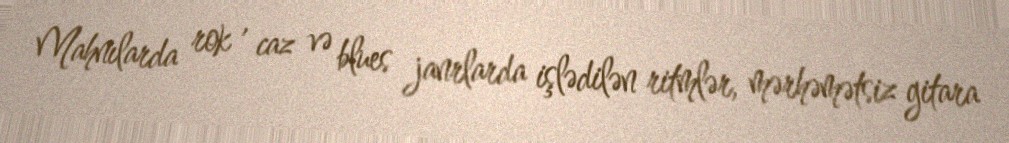
Mahnılarda rok , caz və blues janrlarda işlədilən ritmlər, mərhəmətsiz gitara